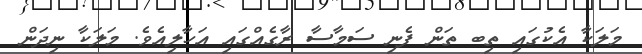
މަލަކާ އެކުގައި ތިބ ތަން ފެނި ސަމާސާ ރާގެއްގައި އަހާލިއެވެ. މަލަކާ ނިދަން